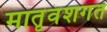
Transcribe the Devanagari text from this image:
मातृवंशगत